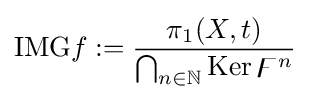
\mathrm {IMG} f:={\frac {\pi _{1}(X,t)}{\bigcap _{n\in \mathbb {N} }\mathrm {Ker} \,\digamma ^{n}}}